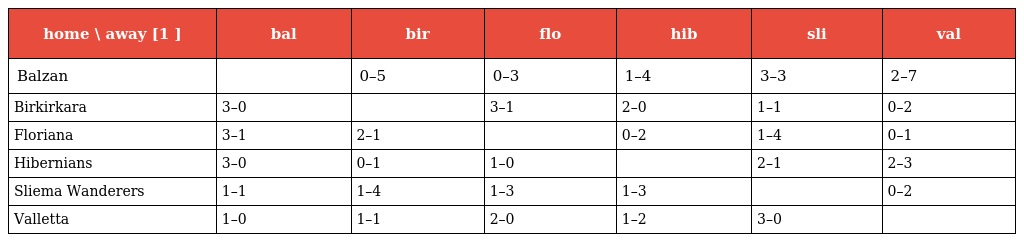
| home \ away [1 ] | bal | bir | flo | hib | sli | val |
 | --- | --- | --- | --- | --- | --- | --- |
 | Balzan |  | 0–5 | 0–3 | 1–4 | 3–3 | 2–7 |
 | Birkirkara | 3–0 |  | 3–1 | 2–0 | 1–1 | 0–2 |
 | Floriana | 3–1 | 2–1 |  | 0–2 | 1–4 | 0–1 |
 | Hibernians | 3–0 | 0–1 | 1–0 |  | 2–1 | 2–3 |
 | Sliema Wanderers | 1–1 | 1–4 | 1–3 | 1–3 |  | 0–2 |
 | Valletta | 1–0 | 1–1 | 2–0 | 1–2 | 3–0 |  |